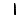
Digit: 1